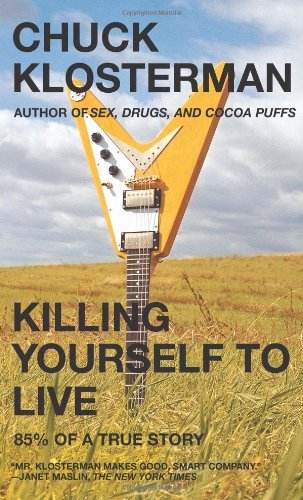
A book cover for Killing Yourself to Live: 85% of a True Story; Chuck Klosterman; Biographies & Memoirs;